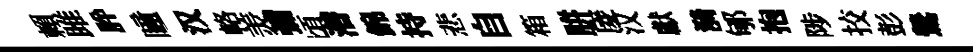
賴雎肸瞳汉輅羙彌頃潜錦持悲自箱胼庱汉獻漪郇抱陟挍彭鶯